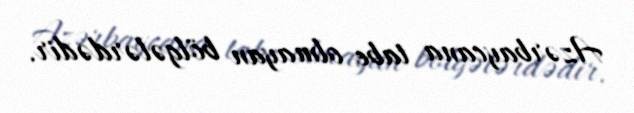
Azərbaycana tabe olmayan bölgələrdədir.